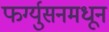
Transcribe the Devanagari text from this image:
फर्ग्युसनमधून